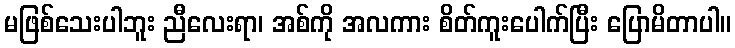
မဖြစ်သေးပါဘူး ညီလေးရာ၊ အစ်ကို အလကား စိတ်ကူးပေါက်ပြီး ပြောမိတာပါ။